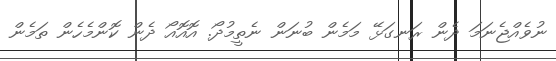
ނުވެއްޖެނަމަ ދެން ރަނގަޅޭ މަމެން ބުނަން ނެތީމުދޯ. އޮއޮއޯ ދެން ކޮންމެހެން ތަމެން